Indian journal of veterinary science and animal husbandry - Volumes 18-21, 1948-1951
Year: 1948
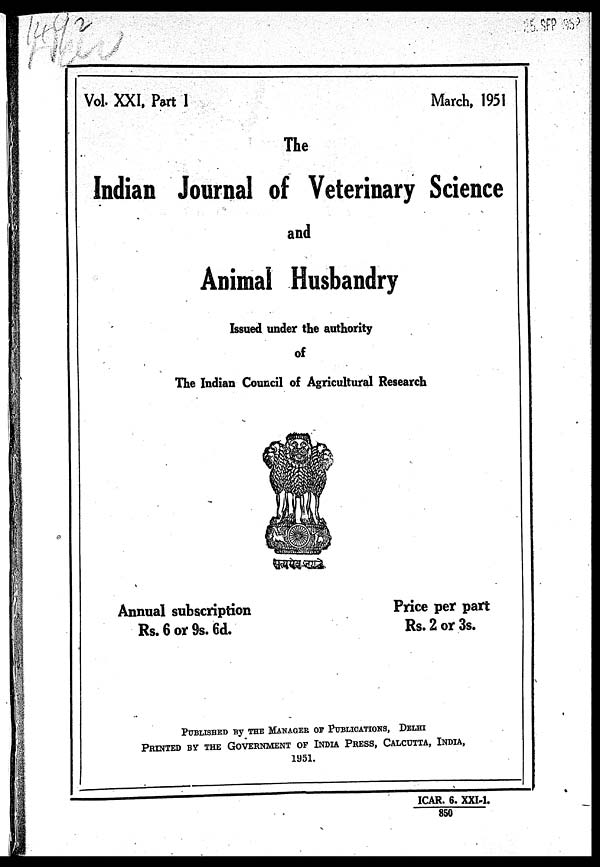
Vol. XXI, Part
I
March, 1951
The
Indian Journal of Veterinary Science
and
Animal Husbandry
Issued under the authority
of
The Indian Council of Agricultural Research
Annual subscription
Rs. 6 or 9s. 6d.
Price per part
Rs. 2 or 3s.
PUBLISHED By THE MANAGER OF PUBLICATIONS, DELHI
PRINTED BY THE GOVERNMENT OF INDIA PRESS, CALCUTTA, INDIA,
1951.
ICAR. 6. XXI-1.
850